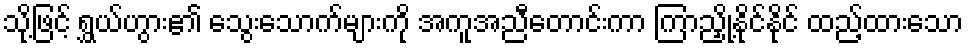
သို့ဖြင့် ရွှယ်ဟွား၏ သွေးသောက်များကို အကူအညီတောင်းကာ ကြာညှို့နိုင်နိုင် ထည့်ထားသော